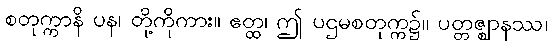
စတုက္ကာနိ ပန၊ တို့ကိုကား။ ဧတ္ထ၊ ဤ ပဌမစတုက္က၌။ ပတ္တဇ္ဈာနဿ၊